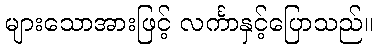
များသောအားဖြင့် လင်္ကာနှင့်ပြောသည်။